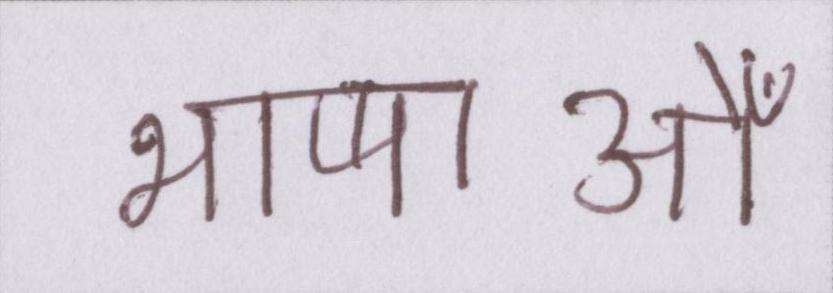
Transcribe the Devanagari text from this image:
भाषाओँ